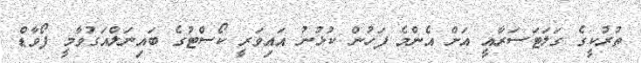
ތުރުކީގެ ގަލަޓަސަރާއީ އަށް އެންމެ ފަހުން ކުޅުނު އައިވަރީ ކޯސްޓުގެ ބައިނަލްއަގުވާމީ ފޯވާޑް